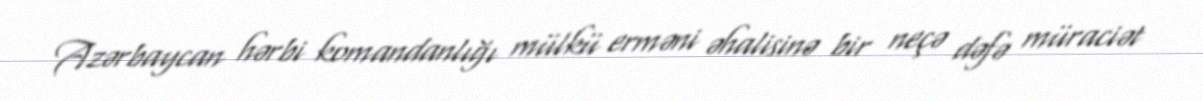
Azərbaycan hərbi komandanlığı mülkü erməni əhalisinə bir neçə dəfə müraciət